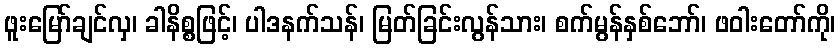
ဖူးမြော်ချင်လှ၊ ခါနိစ္စဖြင့်၊ ပါဒနက်သန်၊ မြတ်ခြင်းလွန်သား၊ စက်မွန်နှစ်ဘော်၊ ဖဝါးတော်ကို၊